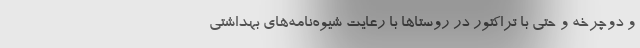
و دوچرخه و حتی با تراکتور در روستاها با رعایت شیوه‌نامه‌های بهداشتی